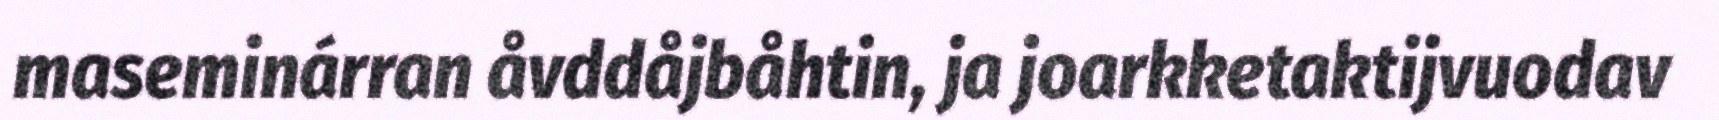
maseminárran åvddåjbåhtin, ja joarkketaktijvuodav